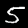
Label: 5